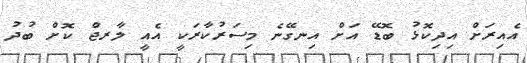
އެއިރަށް އިދިކޮޅު ބޮޑޭ އަށް އިނގޭނެ މިސަރުކާރަކީ އެއީ ލާރޖް ކޮށް ބުދު